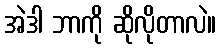
အဲဒါ ဘာကို ဆိုလိုတာလဲ။